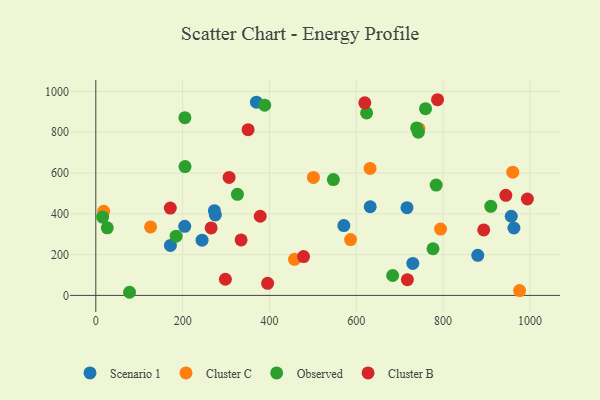
{"axis": {"x": "Price", "y": "Fuel Efficiency"}, "legend": ["Cluster B", "Cluster C", "Observed", "Scenario 1"], "data": [{"x": "963.2", "y": 330.3, "type": "Scenario 1"}, {"x": "171.9", "y": 245.0, "type": "Scenario 1"}, {"x": "244.8", "y": 270.5, "type": "Scenario 1"}, {"x": "879.9", "y": 196.3, "type": "Scenario 1"}, {"x": "716.8", "y": 430.2, "type": "Scenario 1"}, {"x": "204.8", "y": 338.7, "type": "Scenario 1"}, {"x": "730.3", "y": 156.5, "type": "Scenario 1"}, {"x": "370.0", "y": 947.5, "type": "Scenario 1"}, {"x": "275.3", "y": 394.1, "type": "Scenario 1"}, {"x": "957.1", "y": 388.0, "type": "Scenario 1"}, {"x": "632.1", "y": 434.7, "type": "Scenario 1"}, {"x": "273.2", "y": 415.5, "type": "Scenario 1"}, {"x": "571.4", "y": 342.4, "type": "Scenario 1"}, {"x": "586.9", "y": 273.8, "type": "Cluster C"}, {"x": "18.1", "y": 412.4, "type": "Cluster C"}, {"x": "794.2", "y": 325.1, "type": "Cluster C"}, {"x": "501.3", "y": 578.5, "type": "Cluster C"}, {"x": "631.7", "y": 622.6, "type": "Cluster C"}, {"x": "976.3", "y": 23.7, "type": "Cluster C"}, {"x": "960.5", "y": 604.0, "type": "Cluster C"}, {"x": "457.7", "y": 176.7, "type": "Cluster C"}, {"x": "126.2", "y": 335.5, "type": "Cluster C"}, {"x": "744.4", "y": 817.5, "type": "Cluster C"}, {"x": "77.7", "y": 15.3, "type": "Observed"}, {"x": "389.0", "y": 932.5, "type": "Observed"}, {"x": "547.2", "y": 568.0, "type": "Observed"}, {"x": "205.5", "y": 631.5, "type": "Observed"}, {"x": "784.1", "y": 540.8, "type": "Observed"}, {"x": "759.6", "y": 915.2, "type": "Observed"}, {"x": "205.2", "y": 871.3, "type": "Observed"}, {"x": "683.9", "y": 97.6, "type": "Observed"}, {"x": "185.0", "y": 290.4, "type": "Observed"}, {"x": "26.4", "y": 331.3, "type": "Observed"}, {"x": "909.9", "y": 436.6, "type": "Observed"}, {"x": "776.8", "y": 228.8, "type": "Observed"}, {"x": "15.7", "y": 383.8, "type": "Observed"}, {"x": "743.0", "y": 800.1, "type": "Observed"}, {"x": "739.1", "y": 821.1, "type": "Observed"}, {"x": "623.8", "y": 894.8, "type": "Observed"}, {"x": "326.2", "y": 495.3, "type": "Observed"}, {"x": "944.6", "y": 490.5, "type": "Cluster B"}, {"x": "378.8", "y": 387.9, "type": "Cluster B"}, {"x": "307.1", "y": 578.2, "type": "Cluster B"}, {"x": "787.2", "y": 959.3, "type": "Cluster B"}, {"x": "893.6", "y": 321.1, "type": "Cluster B"}, {"x": "265.7", "y": 330.7, "type": "Cluster B"}, {"x": "619.7", "y": 944.0, "type": "Cluster B"}, {"x": "395.8", "y": 59.1, "type": "Cluster B"}, {"x": "298.5", "y": 79.2, "type": "Cluster B"}, {"x": "334.7", "y": 272.1, "type": "Cluster B"}, {"x": "478.6", "y": 190.2, "type": "Cluster B"}, {"x": "717.8", "y": 77.1, "type": "Cluster B"}, {"x": "994.2", "y": 472.6, "type": "Cluster B"}, {"x": "171.6", "y": 428.3, "type": "Cluster B"}, {"x": "350.8", "y": 812.3, "type": "Cluster B"}]}